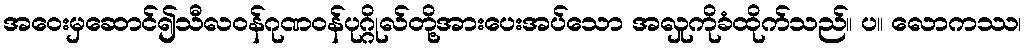
အဝေးမှဆောင်၍သီလဝန်ဂုဏဝန်ပုဂ္ဂိုလ်တို့အားပေးအပ်သော အလှုကိုခံထိုက်သည်။ ပ။ လောကဿ၊